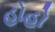
હોહો